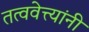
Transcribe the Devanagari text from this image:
तत्ववेत्त्यांनी